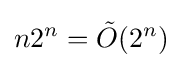
n2^{n}={\tilde {O}}(2^{n})